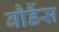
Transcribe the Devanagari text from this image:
बौर्डैस